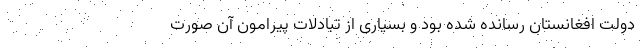
دولت افغانستان رسانده شده بود و بسیاری از تبادلات پیرامون آن صورت